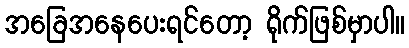
အခြေအနေပေးရင်တော့ ရိုက်ဖြစ်မှာပါ။